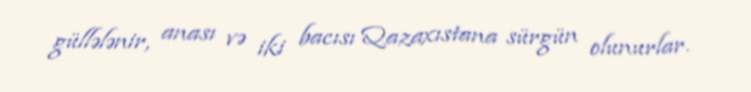
güllələnir, anası və iki bacısı Qazaxıstana sürgün olunurlar.